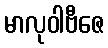
မာလုဝါဗီဇေ